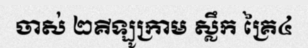
ចាស់ ២គីឡូក្រាម ស្លឹក គ្រៃ៤